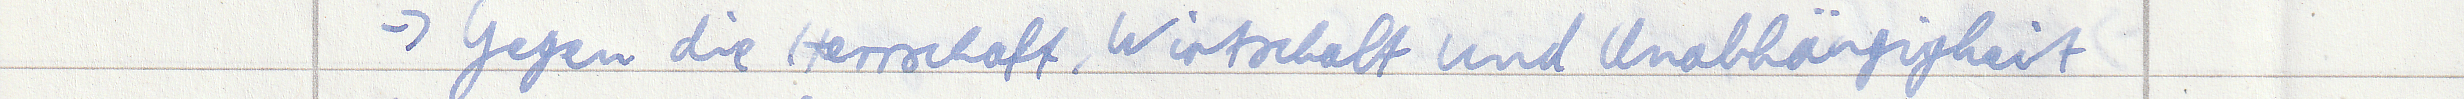
-> Gegen die Herrschaft, Wirtschaft und Unabhängigkeit